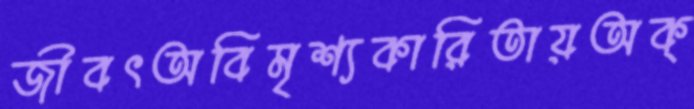
জীবৎঅবিমৃশ্যকারিতায়অক্